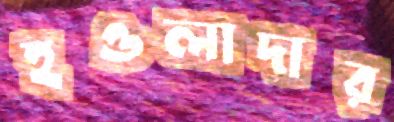
হওলাদার